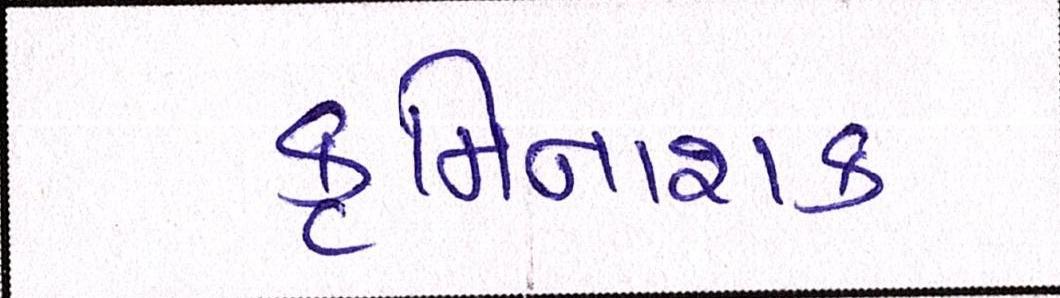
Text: કૃમિનાશક